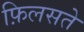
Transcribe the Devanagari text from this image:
फ़िलसते